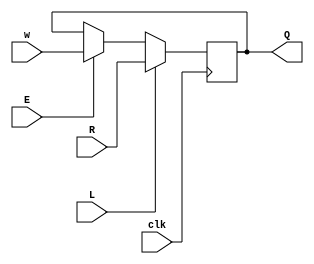
module top_module (
    input clk,
    input w, R, E, L,
    output Q
);
    wire e_mux;
    assign e_mux = (E)?w:Q;
    wire l_mux;
    assign l_mux = (L)?R:e_mux; 
    
    always @(posedge clk) begin
    Q <= l_mux;
    end

endmodule